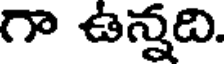
గా ఉన్నది.